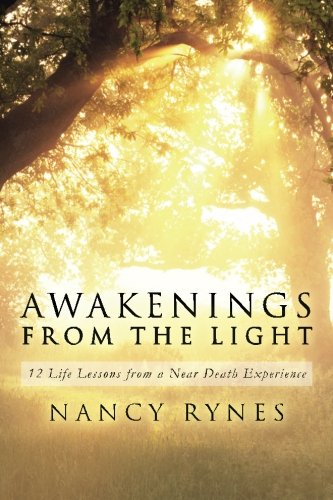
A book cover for Awakenings from the Light: 12 Life Lessons from a Near Death Experience; Nancy Rynes; Religion & Spirituality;